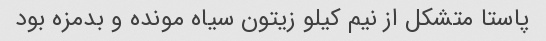
پاستا متشکل از نیم کیلو زیتون سیاه مونده و بدمزه بود